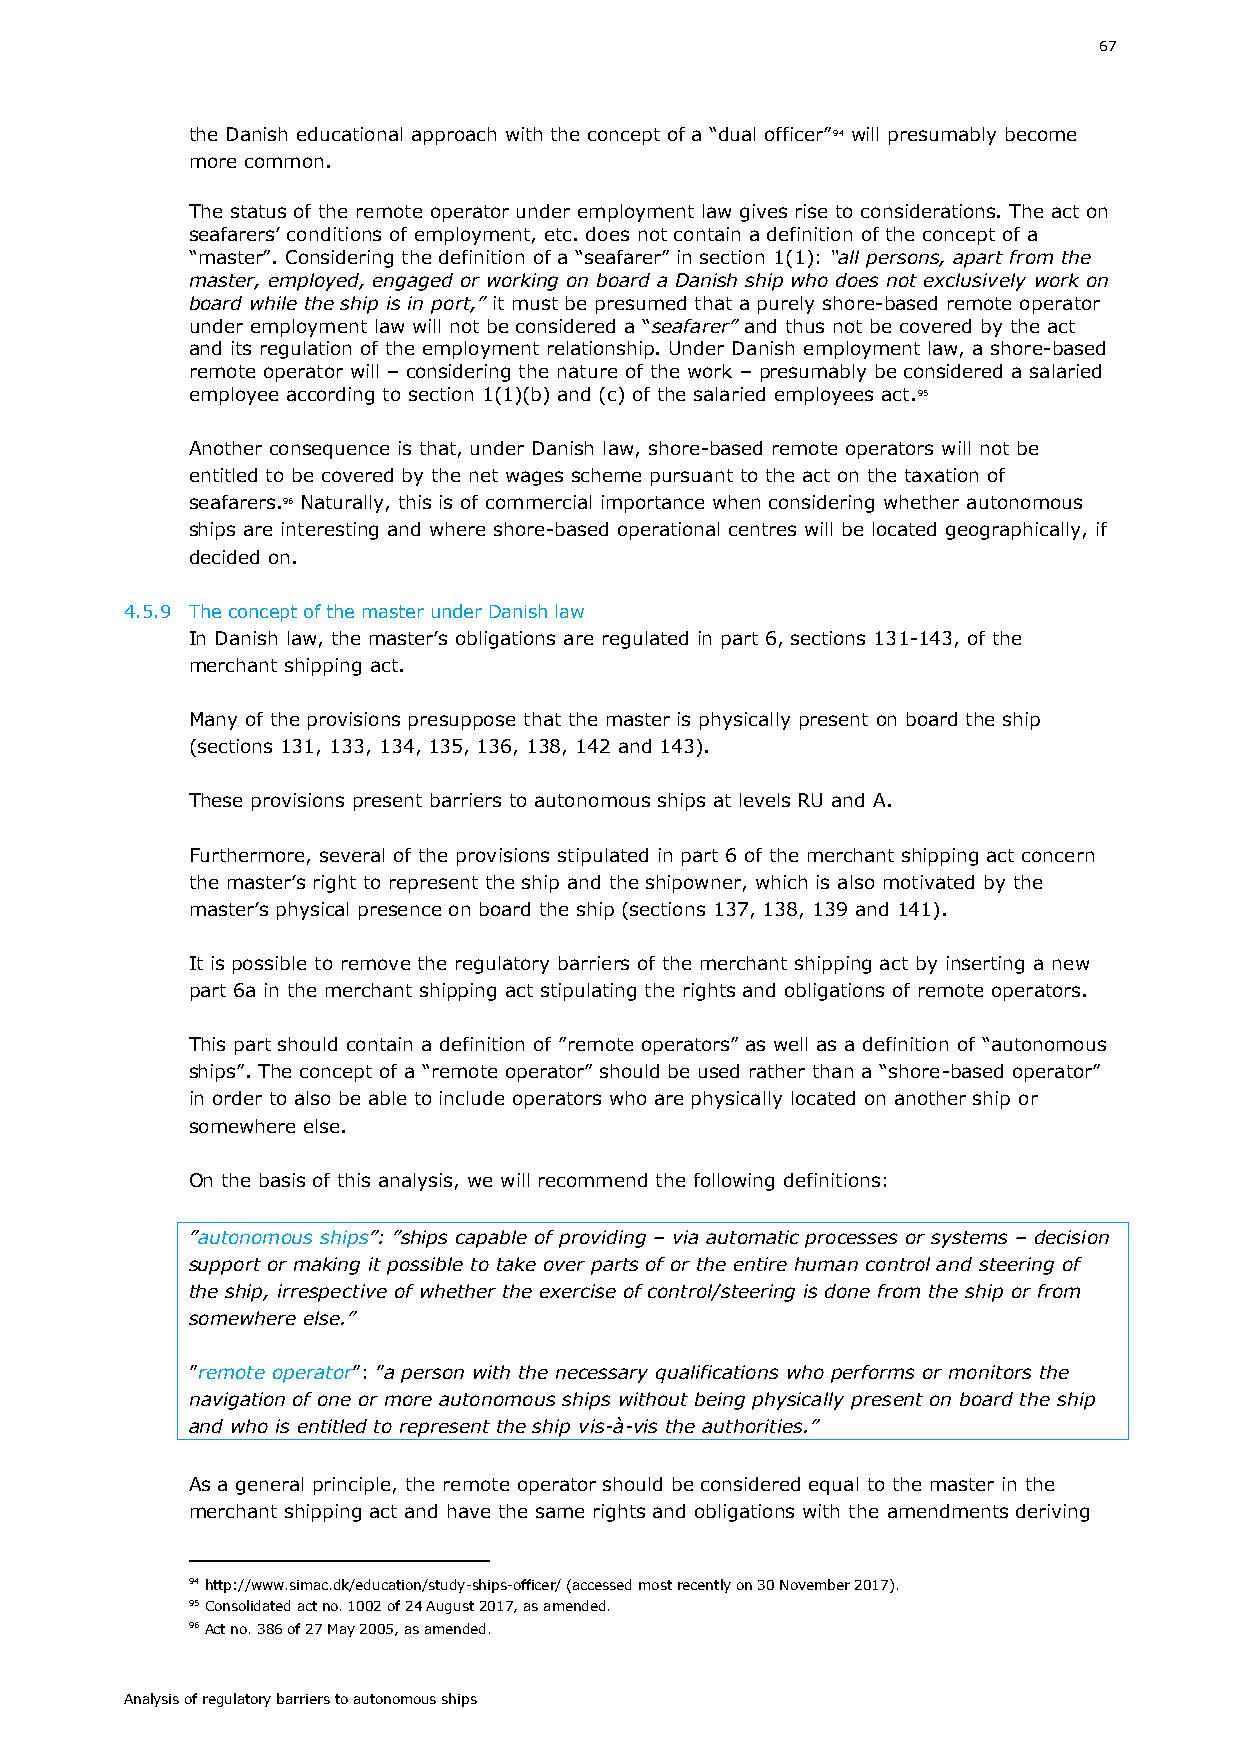
67
 the Danish educational approach with the concept of a “dual officer”94 will presumably become
 more common.
 The status of the remote operator under employment law gives rise to considerations. The act on
 seafarers’ conditions of employment, etc. does not contain a definition of the concept of a
 “master”. Considering the definition of a “seafarer” in section 1(1): “all persons, apart from the
 master, employed, engaged or working on board a Danish ship who does not exclusively work on
 board while the ship is in port,” it must be presumed that a purely shore-based remote operator
 under employment law will not be considered a “seafarer” and thus not be covered by the act
 and its regulation of the employment relationship. Under Danish employment law, a shore-based
 remote operator will – considering the nature of the work – presumably be considered a salaried
 employee according to section 1(1)(b) and (c) of the salaried employees act.95
 Another consequence is that, under Danish law, shore-based remote operators will not be
 entitled to be covered by the net wages scheme pursuant to the act on the taxation of
 seafarers.96 Naturally, this is of commercial importance when considering whether autonomous
 ships are interesting and where shore-based operational centres will be located geographically, if
 decided on.
 4.5.9 The concept of the master under Danish law
 In Danish law, the master’s obligations are regulated in part 6, sections 131-143, of the
 merchant shipping act.
 Many of the provisions presuppose that the master is physically present on board the ship
 (sections 131, 133, 134, 135, 136, 138, 142 and 143).
 These provisions present barriers to autonomous ships at levels RU and A.
 Furthermore, several of the provisions stipulated in part 6 of the merchant shipping act concern
 the master’s right to represent the ship and the shipowner, which is also motivated by the
 master’s physical presence on board the ship (sections 137, 138, 139 and 141).
 It is possible to remove the regulatory barriers of the merchant shipping act by inserting a new
 part 6a in the merchant shipping act stipulating the rights and obligations of remote operators.
 This part should contain a definition of ”remote operators” as well as a definition of “autonomous
 ships”. The concept of a “remote operator” should be used rather than a “shore-based operator”
 in order to also be able to include operators who are physically located on another ship or
 somewhere else.
 On the basis of this analysis, we will recommend the following definitions:
 ”autonomous ships”: ”ships capable of providing – via automatic processes or systems – decision
 support or making it possible to take over parts of or the entire human control and steering of
 the ship, irrespective of whether the exercise of control/steering is done from the ship or from
 somewhere else.”
 ”remote operator”: ”a person with the necessary qualifications who performs or monitors the
 navigation of one or more autonomous ships without being physically present on board the ship
 and who is entitled to represent the ship vis-à-vis the authorities.”
 As a general principle, the remote operator should be considered equal to the master in the
 merchant shipping act and have the same rights and obligations with the amendments deriving
 94 http://www.simac.dk/education/study-ships-officer/ (accessed most recently on 30 November 2017).
 95 Consolidated act no. 1002 of 24 August 2017, as amended.
 96 Act no. 386 of 27 May 2005, as amended.
 Analysis of regulatory barriers to autonomous ships